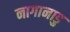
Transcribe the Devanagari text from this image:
नागानाडु